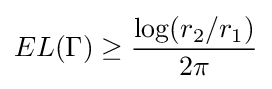
EL(\Gamma )\geq {\frac {\log(r_{2}/r_{1})}{2\pi }}